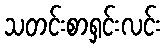
သတင်းစာရှင်းလင်း